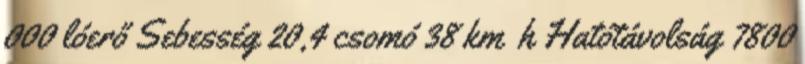
000 lóerő Sebesség 20,4 csomó 38 km h Hatótávolság 7800